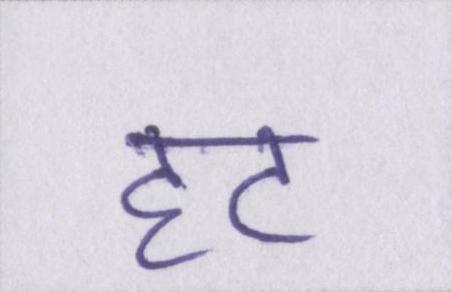
हट